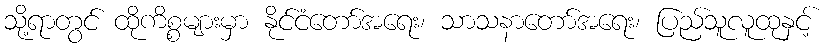
သို့ရာတွင် ထိုကိစ္စများမှာ နိုင်ငံတော်အရေး၊ သာသနာတော်အရေး၊ ပြည်သူလူထုနှင့်